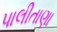
પાલીતાણા